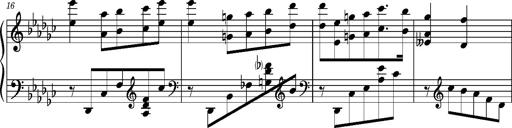
Title: KlavierstÃ¼ck in Es-moll
Composer: Franz Liszt
Key: E-flat minor